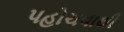
પહોચવાથી